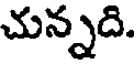
చున్నది.